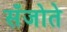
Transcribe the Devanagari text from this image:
सँजोते